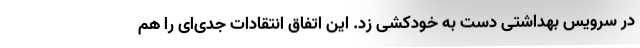
در سرویس بهداشتی دست به خودکشی زد. این اتفاق انتقادات جدی‌ای را هم